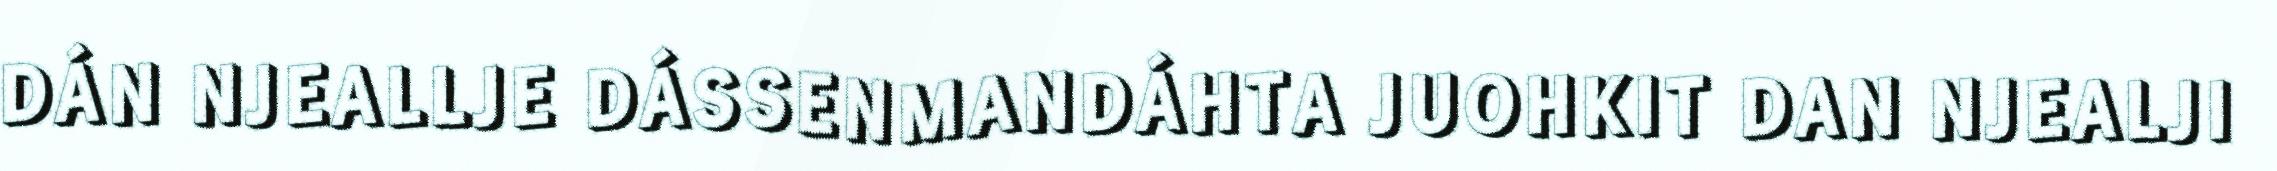
DÁN NJEALLJE DÁSSENMANDÁHTA JUOHKIT DAN NJEALJI